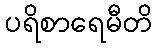
ပရိစာရေမီတိ